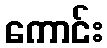
ကောင်း